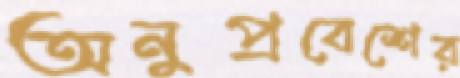
অনুপ্রবেশের